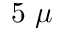
5 ~ \mu